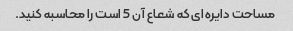
مساحت دایره ای که شعاع آن 5 است را محاسبه کنید.